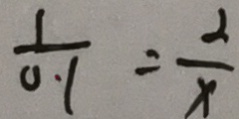
\frac { 1 } { 0 . 1 } = \frac { 2 } { x }